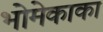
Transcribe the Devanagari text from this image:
भोमेकाका